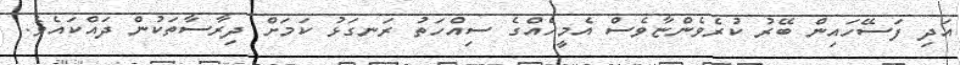
އަދި ފަސޭހައިން ބޭރު ކުރެވެންޏާވެސް އެމީހެއްގެ ސިއްހަތު ރަނގަޅު ކަމަށް ދިރާސާތަކުން ދައްކައެވެ.